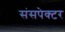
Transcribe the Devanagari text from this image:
संसपेक्टर